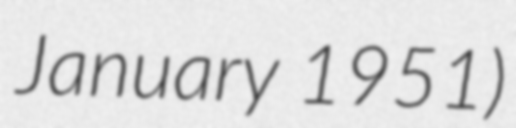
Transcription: January 1951)